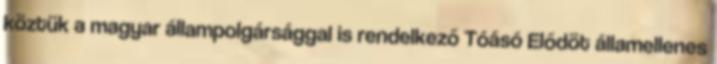
köztük a magyar állampolgársággal is rendelkező Tóásó Elődöt államellenes